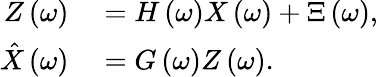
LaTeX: \begin{array}{rl}{Z\left(\omega\right)}&{{}=H\left(\omega\right)X\left(\omega\right)+\Xi\left(\omega\right),}\\ {\hat{X}\left(\omega\right)}&{{}=G\left(\omega\right)Z\left(\omega\right).}\end{array}